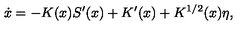
\dot { x } = - K ( x ) S ^ { \prime } ( x ) + K ^ { \prime } ( x ) + K ^ { 1 / 2 } ( x ) \eta ,